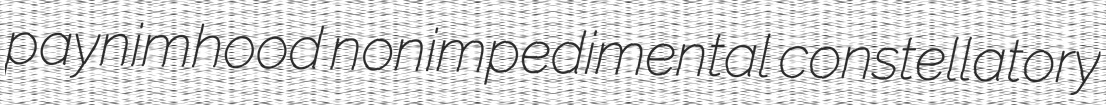
paynimhood nonimpedimental constellatory